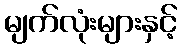
မျက်လုံးများနှင့်